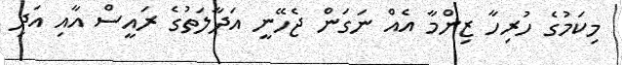
މިކަމުގެ ހުރިހާ ޒިންމާ އެއް ނަގަން ޖެހޭނީ އަދާލަތުގެ ރައީސް އާއި އަދި